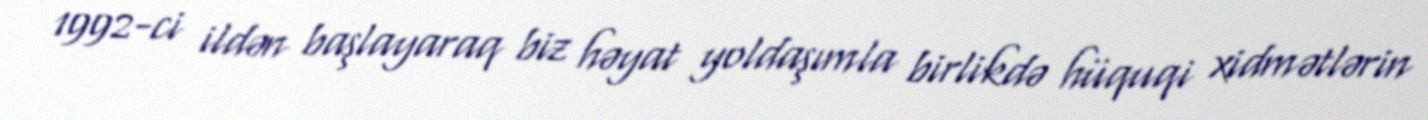
1992-ci ildən başlayaraq biz həyat yoldaşımla birlikdə hüquqi xidmətlərin